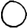
Digit: 0